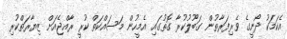
އެކަމަކު ދޯނީގެ ވެރިފަރާތުން ގަބޫލުކުރާ ގޮތުގައި އެމީހުން މަސައްކަތް ކުރީ ރާއްޖެއަށް ޒިޔާރަތްކުރި